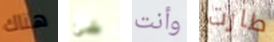
هناك شئ وأنت طارت